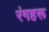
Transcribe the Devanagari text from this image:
रंगहरू